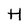
Character: H